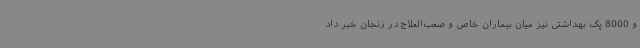
و 8000 پک بهداشتی نیز میان بیماران خاص و صعب‌العلاج در زنجان خبر داد